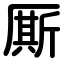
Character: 厮